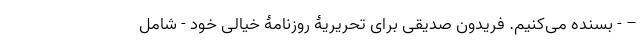
– - بسنده می‌کنیم. فریدون صدیقی برای تحریریۀ روزنامۀ خیالی خود - شامل